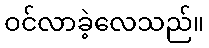
ဝင်လာခဲ့လေသည်။